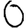
Digit: 0